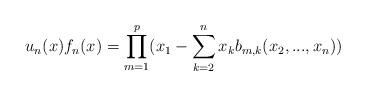
LaTeX: \begin{align*}u_n(x) f_n(x)=\prod_{m=1}^p(x_1-\sum_{k=2}^nx_kb_{m,k}(x_2,...,x_n))\end{align*}